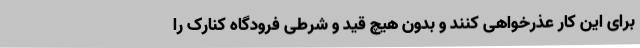
برای این کار عذرخواهی کنند و بدون هیچ قید و شرطی فرودگاه کنارک را